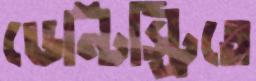
ডেন্টিস্ট্রিতে